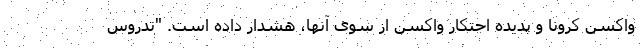
واکسن کرونا و پدیده احتکار واکسن از سوی آنها، هشدار داده است. "تدروس